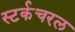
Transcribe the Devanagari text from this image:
स्टर्कचरल